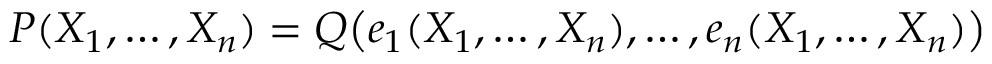
P ( X _ { 1 } , \ldots , X _ { n } ) = Q { \big ( } e _ { 1 } ( X _ { 1 } , \ldots , X _ { n } ) , \ldots , e _ { n } ( X _ { 1 } , \ldots , X _ { n } ) { \big ) }